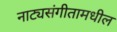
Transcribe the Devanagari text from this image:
नाट्यसंगीतामधील